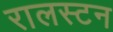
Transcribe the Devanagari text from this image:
रालस्टन